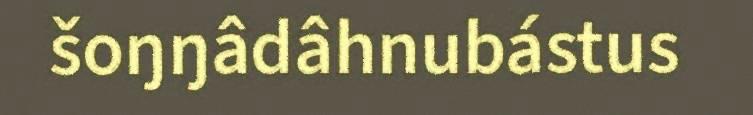
šoŋŋâdâhnubástus